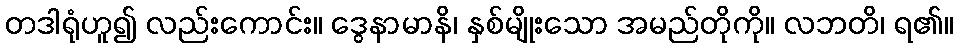
တဒါရုံဟူ၍ လည်းကောင်း။ ဒွေနာမာနိ၊ နှစ်မျိုးသော အမည်တိုကို။ လဘတိ၊ ရ၏။